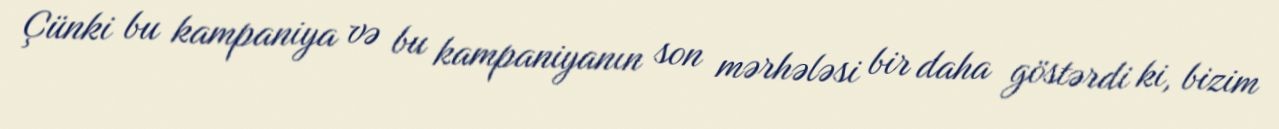
Çünki bu kampaniya və bu kampaniyanın son mərhələsi bir daha göstərdi ki, bizim